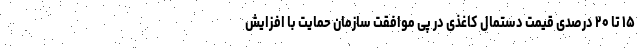
۱۵ تا ۲۰ درصدی قیمت دستمال کاغذی در پی موافقت سازمان حمایت با افزایش